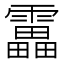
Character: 靁